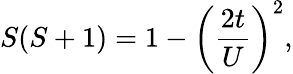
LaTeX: S(S+1)=1-\left(\frac{2t}{U}\right)^{2},